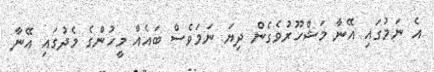
އެ ނަމުގައި އޭނާ މަޝްހޫރުވެގެން ދިޔަ ނަމަވެސް ބައެއް މީހުންގެ މެދުގައި އޭނާ